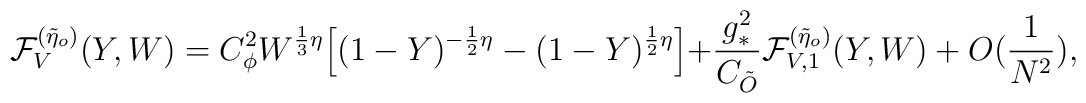
{\cal{F}}_{V}^{(\tilde{\eta}_{o})}(Y,W)  =C_{\phi}^{2}W^{\frac{1}{3}\eta}\Bigl[(1-Y)^{-\frac{1}{2}\eta}-(1-Y)^{\frac{1}{2}\eta}\Bigl]+\frac{g_{*}^{2}}{C_{\tilde{O}}}{\cal{F}}_{V,1}^{(\tilde{\eta}_{o})}(Y,W)+O(\frac{1}{N^{2}}),